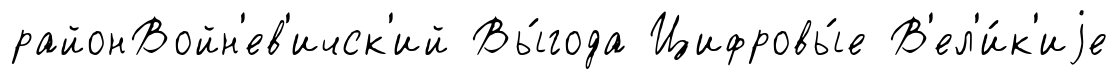
районВойн'ев'ичск'ий Вы́года Цифровы́е В'ел'и́к'иjе